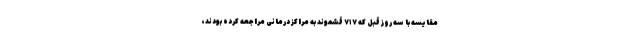
مقایسه با سه روز قبل که ۷۱۷ قشموند به مراکز درمانی مراجعه کرده بودند،